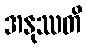
အနုဿတိ